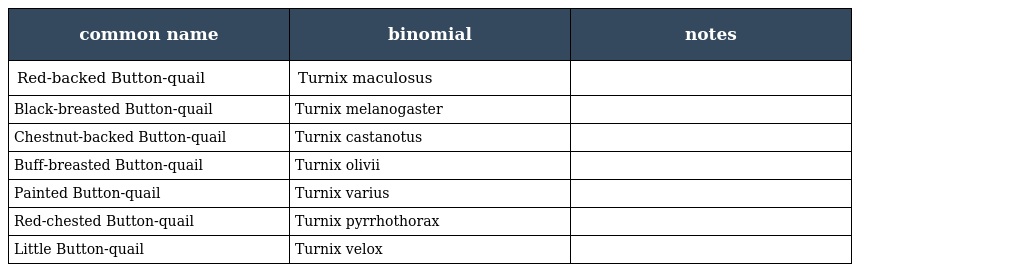
| common name | binomial | notes |
 | --- | --- | --- |
 | Red-backed Button-quail | Turnix maculosus |  |
 | Black-breasted Button-quail | Turnix melanogaster |  |
 | Chestnut-backed Button-quail | Turnix castanotus |  |
 | Buff-breasted Button-quail | Turnix olivii |  |
 | Painted Button-quail | Turnix varius |  |
 | Red-chested Button-quail | Turnix pyrrhothorax |  |
 | Little Button-quail | Turnix velox |  |